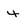
Character: 4